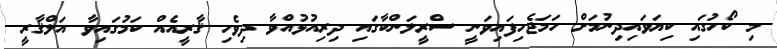
މި ކޯހުގައި ކިޔަވައިދިނުމަށް ހަމަޖެހިފައިވަނީ ސްރީލަންކާގައި ދިރިއުޅުއްވާ ދިވެހި ޤާރީއެއް ކަމުގައިވާ އަލްޤާރީ